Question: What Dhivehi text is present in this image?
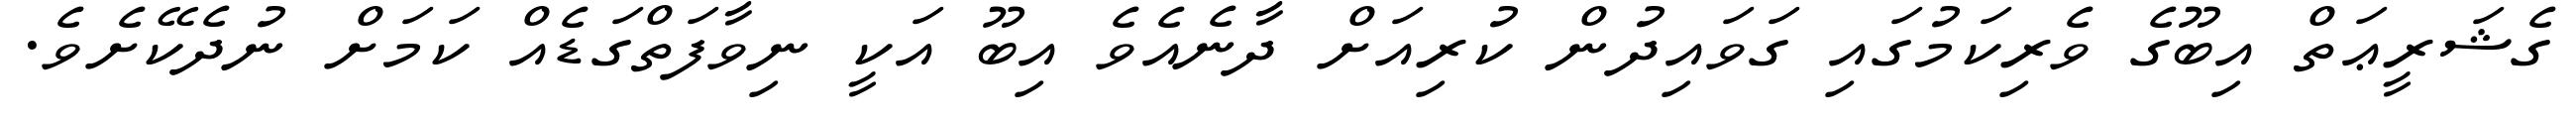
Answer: ގެޝަރީޢަތް އިބޫގެ ވެރިކަމުގައި ގަވައިދުން ކުރިއަށް ދާނެއެވެ އިބޫ އަކީ ނިވާފަތްގަޑެއް ކަމަށް ނުދެކޭށެވެ.